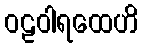
ဝဠဝါရထေဟိ